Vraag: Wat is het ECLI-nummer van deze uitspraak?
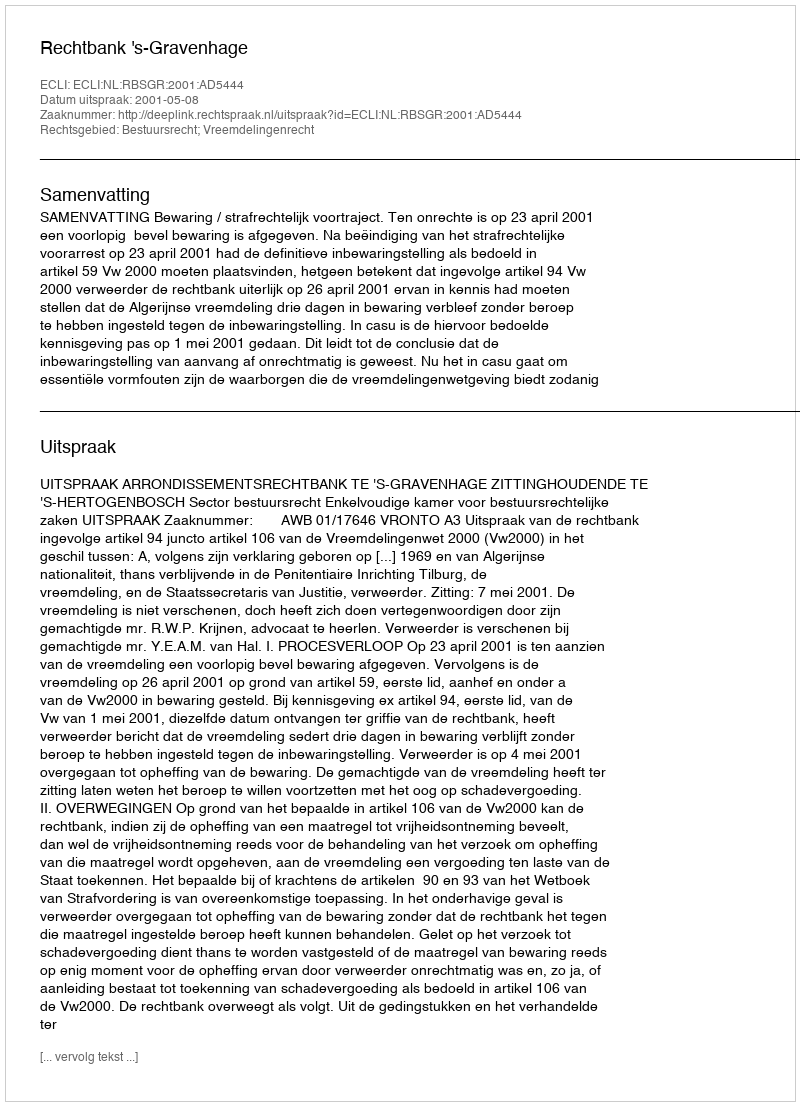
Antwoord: ECLI:NL:RBSGR:2001:AD5444